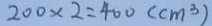
2 0 0 \times 2 = 4 0 0 ( c m ^ { 3 } )